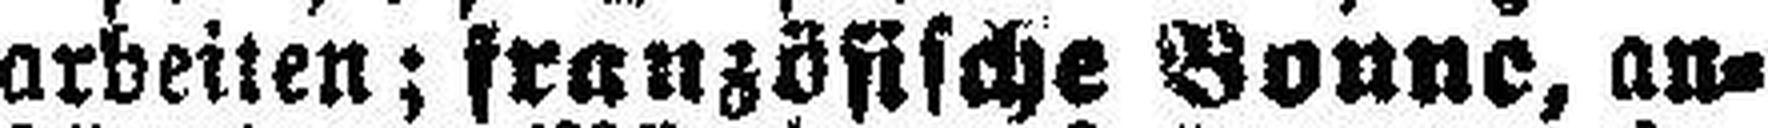
arbeiten; französische Bonne, an¬